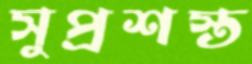
সুপ্রশস্ত